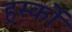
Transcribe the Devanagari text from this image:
हर्स्को